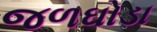
જળઘોડા